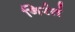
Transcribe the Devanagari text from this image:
निरंतं